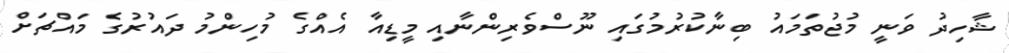
ޝާހިދު ވަނީ މުޖުތަމައު ބިނާކުރުމުގައި ނޫސްވެރިންނާއި މީޑިއާ އެއްގެ މުހިންމު ދައުރުގެ މައްޗަށް